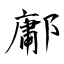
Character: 鄘